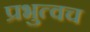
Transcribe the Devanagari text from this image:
प्रभुत्वच